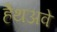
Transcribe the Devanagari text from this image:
हैथअवे